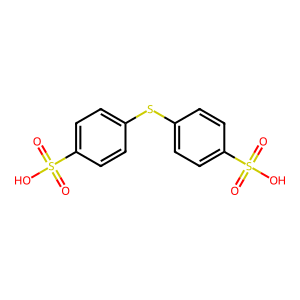
SMILES: O=S(=O)(O)c1ccc(Sc2ccc(S(=O)(=O)O)cc2)cc1
Inhibits HIV replication: No